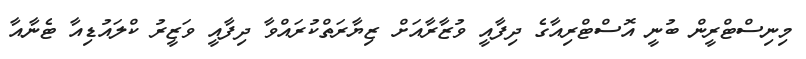
މިނިސްޓްރީން ބުނީ އޮސްޓްރިއާގެ ދިފާއީ ވުޒާރާއަށް ޒިޔާރަތްކުރައްވާ ދިފާއީ ވަޒީރު ކްލައުޑިއާ ޓެނާއާ